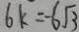
6 k = - 6 \sqrt { 3 }